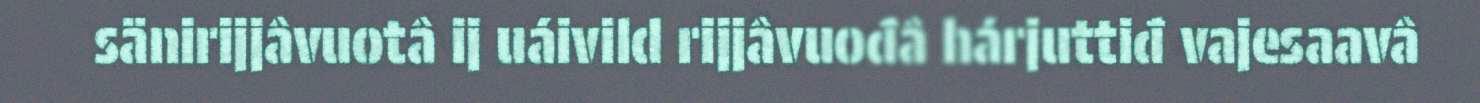
sänirijjâvuotâ ij uáivild rijjâvuođâ hárjuttiđ vajesaavâ